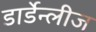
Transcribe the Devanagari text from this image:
डार्डेन्लीज